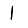
Digit: 1